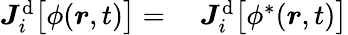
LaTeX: \begin{array}{rl}{\boldsymbol{J}_{i}^{\mathrm{d}}\big[{\phi}(\boldsymbol{r},t)\big]=}&{{}~\boldsymbol{J}_{i}^{\mathrm{d}}\big[{\phi}^{*}(\boldsymbol{r},t)\big]}\end{array}